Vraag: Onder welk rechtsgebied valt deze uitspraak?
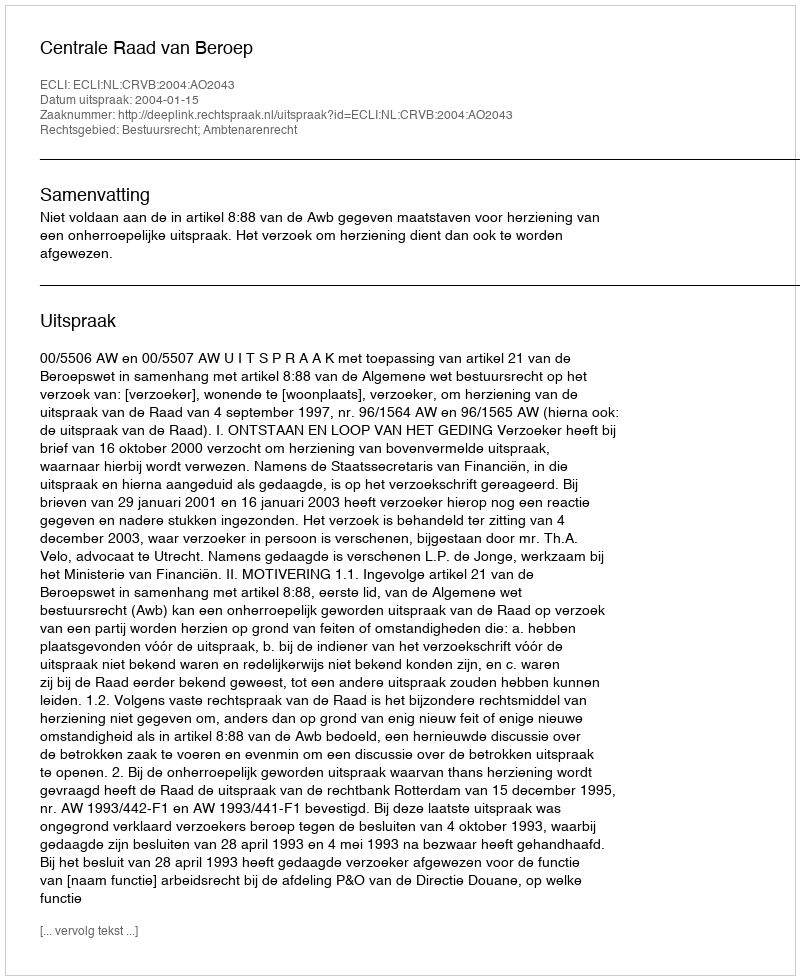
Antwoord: Bestuursrecht; Ambtenarenrecht